Report of the Municipal Commissioner on the plague in Bombay for the year ending 31st May... - Volume 1
Disease focus: Plague
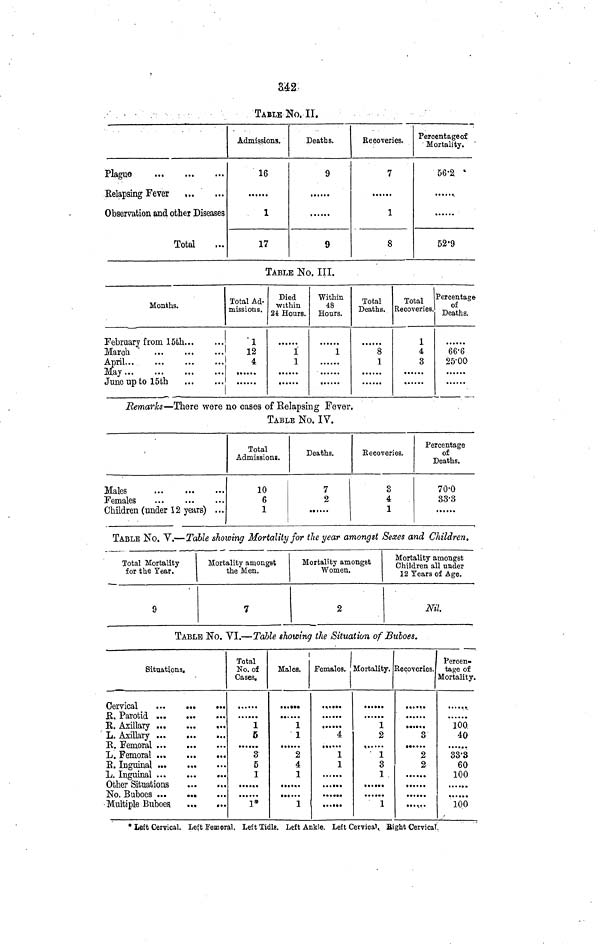
342
TABLE No. II.
Plague
...
Relapsing Fever
...
...
...
Observation and other Diseases
Total
...
Admissions.
16
1
17
Deaths.
9
9
Recoveries.
7
1
8
Percentage of
Mortality.
56·2
52·9
TABLE No. III.
Months.
February from 15th
March
April...
May ...
...
June up to 15th
...
Total Ad-
missions.
1
12
4
Died
within
24 Hours.
1
1
Within
48
Hours.
1
Total
Deaths.
8
1
Total
Recoveries.
1
4
3
Percentage
of
Deaths.
66·6
25·00
Remarks—There were no cases of Relapsing Fever.
TABLE No. IV.
Males
Females
...
...
Children (under 12 years)
...
...
Total
Admissions.
10
6
1
Deaths.
7
2
Recoveries.
3
4
1
Percentage
of
Deaths.
70·0
33·3
TABLE No. V.— Table showing Mortality for the year amongst Sexes and Children,
Total Mortality
for the Year.
9
Mortality amongst
the Men.
7
Mortality amongst
Women.
2
Mortality amongst
Children all under
12 Tears of Age.
Nil.
TABLE No. VI.—Table showing the Situation of Buboes.
Situations.
Cervical
R, Parotid
R. Axillary
L. Axillary
R. Femoral
L. Femoral
R. Inguinal
L. Inguinal
···
*··
Other Situations
No. Buboes
Multiple Buboes
···
»*·
·*·
···
...
»· t
···
···
···
Total
No. of
Cases.
1
5
3
5
1
1*
I
Males.
1
1
2
4
1
1
Females.
' "i
1
1
I·.··»
Mortality.
1
2
1
3
1
1
Recoveries.
······ 3
2
2
Percen-
tage of
Mortality.
100
40
33'3
60
100
100
* Left Cervical. Left Femoral. Left Tidls. Left Ankle. Left Cervical, Bight Cervicat.